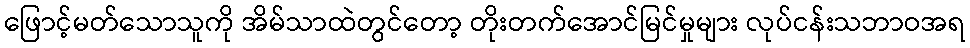
ဖြောင့်မတ်သောသူကို အိမ်သာထဲတွင်တော့ တိုးတက်အောင်မြင်မှုများ လုပ်ငန်းသဘာဝအရ